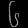
Digit: ၆